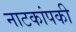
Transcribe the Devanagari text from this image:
नाटकांपकी